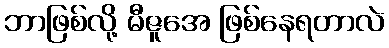
ဘာဖြစ်လို့ မီဇူအေ ဖြစ်နေရတာလဲ